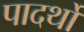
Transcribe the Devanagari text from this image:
पादर्थों